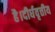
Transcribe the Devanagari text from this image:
है।दीर्घवृत्तीय